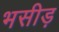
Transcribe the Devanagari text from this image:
भसीड़